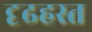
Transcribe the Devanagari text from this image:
दृढहस्त